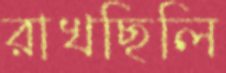
রাখছিলি